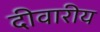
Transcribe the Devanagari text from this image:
दीवारीय